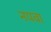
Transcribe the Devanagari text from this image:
नपवा